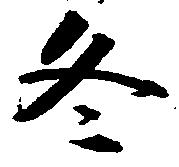
冬